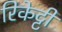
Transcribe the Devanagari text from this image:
रिकेट्टी